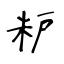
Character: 粐